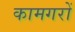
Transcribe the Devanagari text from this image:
कामगरों